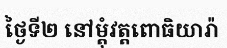
ថ្ងៃទី២ នៅម្តុំវត្តពោធិយារ៉ា